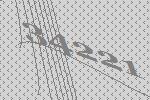
34221